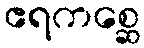
ဧရကစ္ဆေ